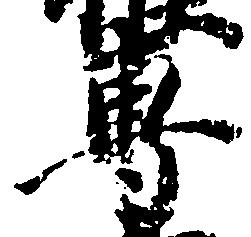
専